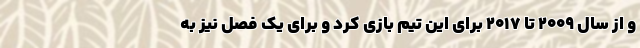
و از سال ۲۰۰۹ تا ۲۰۱۷ برای این تیم بازی کرد و برای یک فصل نیز به